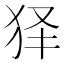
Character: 𤝢